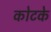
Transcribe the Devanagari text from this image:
कोटके